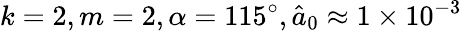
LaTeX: k=2,m=2,\alpha=115^{\circ},\hat{a}_{0}\approx 1\times 10^{-3}